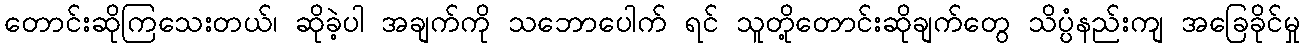
တောင်းဆိုကြသေးတယ်၊ ဆိုခဲ့ပါ အချက်ကို သဘောပေါက် ရင် သူတို့တောင်းဆိုချက်တွေ သိပ္ပံနည်းကျ အခြေခိုင်မှု